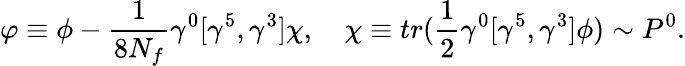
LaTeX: \varphi\equiv\phi-{\frac{1}{8N_{f}}}\gamma^{0}[\gamma^{5},\gamma^{3}]\chi,\quad\chi\equiv tr({\frac{1}{2}}\gamma^{0}[\gamma^{5},\gamma^{3}]\phi)\sim P^{0}.